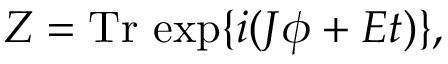
Z = \mathrm { T r } \, \exp \{ i ( J \phi + E t ) \} ,